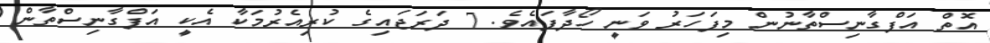
އޮތް އަފްގާނިސްތާނުން މިފަހަރު ވަނީ ހޯދާފައެވެ. 7 ދަރަޖައިގެ ކުރިއެރުމަކާ އެކީ އަފްގާނިސްތާން